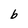
Character: b